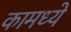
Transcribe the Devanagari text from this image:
कामध्ये